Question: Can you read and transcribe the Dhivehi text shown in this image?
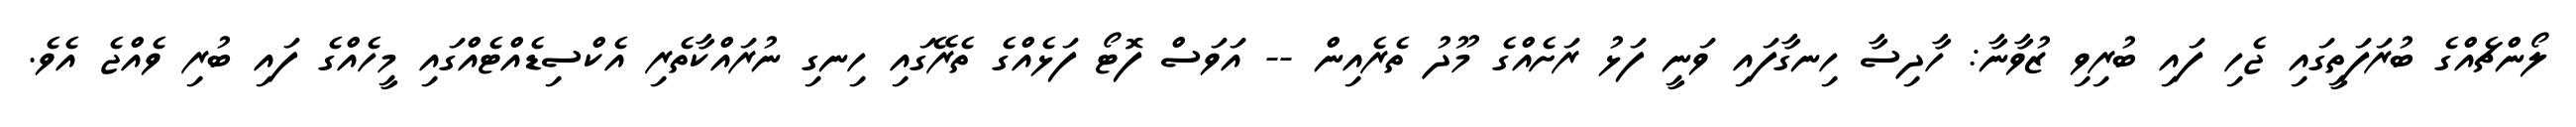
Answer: ލޯންޗެއްގެ ބުރަފަތީގައި ޖެހި ފައި ބުރިވި ޒުވާނާ: ހާދިސާ ހިނގާފައި ވަނީ ފަޅު ރަށެއްގެ މޫދު ތެރެއިން -- އަވަސް ފޮޓޯ ފަޅެއްގެ ތެރޭގައި ހިނގި ނުރައްކާތެރި އެކްސިޑެއްޓެއްގައި މީހެއްގެ ފައި ބުރި ވެއްޖެ އެވެ.